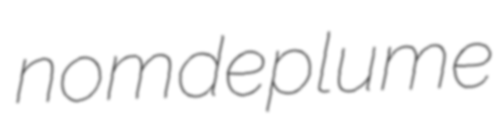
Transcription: nom de plume